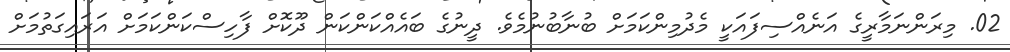
02. މިރަންނަމާރީގެ އަނެއްސިފައަކީ މެދުމިންކަމަށް ބުނާބުނުމެވެ. ދީނުގެ ބައެއްކަންކަން ދޫކޮށް ފާހިސްކަންކަމަށް އަރައިގަތުމަށް